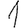
Digit: 1